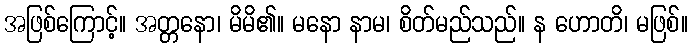
အဖြစ်ကြောင့်။ အတ္တနော၊ မိမိ၏။ မနော နာမ၊ စိတ်မည်သည်။ န ဟောတိ၊ မဖြစ်။